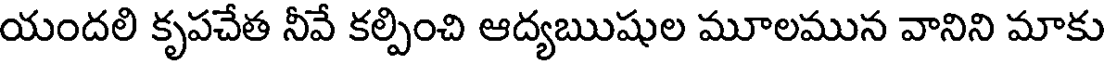
యందలి కృపచేత నీవే కల్పించి ఆద్యఋషుల మూలమున వానిని మాకు